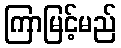
ကြာမြင့်မည်